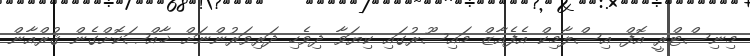
މިނިސްޓްރީ އޮފް އިސްލާމިކް އެފެއާޒް މައިސޫރުގައި ކިޔަވާ ދިވެހި ދަރިވަރުންނަށް ޚާއްޞަކޮށްގެން ޤުރްއާން